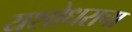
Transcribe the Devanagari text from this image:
यशोधराचा